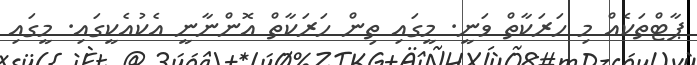
ޕާޓްތަކެއް މި ހަރަކާތް ވަނީ. މީގައި ތިން ހަރަކާތް އޮންނާނީ އެކުއެކީގައި. މީގައި